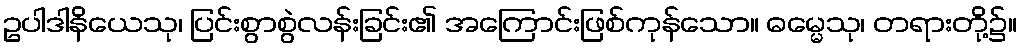
ဥပါဒါနိယေသု၊ ပြင်းစွာစွဲလန်းခြင်း၏ အကြောင်းဖြစ်ကုန်သော။ ဓမ္မေသု၊ တရားတို့၌။